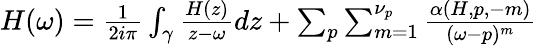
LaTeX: \begin{array}{r}{H(\omega)=\frac{1}{2i\pi}\int_{\gamma}\frac{H(z)}{z-\omega}dz+\sum_{p}\sum_{m=1}^{\nu_{p}}\frac{\alpha(H,p,-m)}{(\omega-p)^{m}}}\end{array}